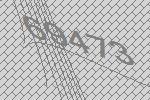
69473